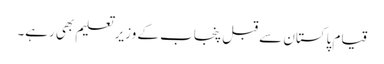
قیام پاکستان سے قبل پنجاب کے وزیر تعلیم بھی رہے۔